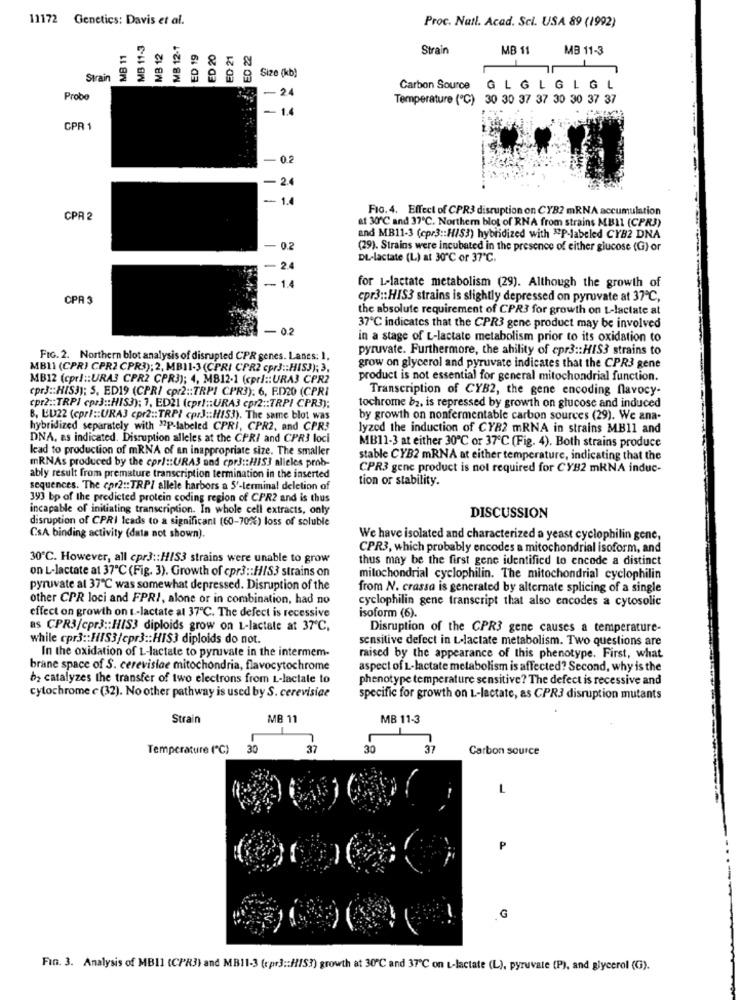
11172 Genetics: Davis et al.
Proc. Natl. Acad. Sci. USA 89 (1992)
MB 11-3
MB 12-1
MB 11
MB 12
ED 19
ED 20
ED 21
Strain
MB 11
MB 11-3
Strain
8
Size (kb)
-24
Carbon Source
GLGLGLGL
Probo
Temperature (℃) 30 30 37 37 30 30 37 37
- 1.4
CPR 1
0.2
-24
= 1.4
Fio. 4. Effect of CPR3 disruption on CY82 mRNA accumulation
CPR 2
at 30℃ and 37℃. Northern blot of RNA from strains MB11 (CPR3)
and MB11-3 (cpr3 :: H/53) hybridized with "P-labeled CYB2 DNA
-0.2
(29). Strains were incubated in the presence of either glucose (G) or
DL-lactate (L) at 30℃ or 37℃.
-2.4
-
1.4
for L-lactate metabolism (29). Although the growth of
CPR 3
cpr3 :: HIS3 strains is slightly depressed on pyruvate at 37℃,
the absolute requirement of CPR3 for growth on L-lactate at
-0.2
37℃ indicates that the CPR3 gene product may be involved
in a stage of L-lactate metabolism prior to its oxidation to
pyruvate. Furthermore, the ability of cpr3 :: HIS3 strains to
FIG. 2. Northern blot analysis of disrupted CPR genes. Lanes: 1.
MB11 (CPR) CPR2 CPR3); 2, MBI1-3 (CPRI CPR2 cpr3 :: HIS3); 3,
grow on glycerol and pyruvate indicates that the CPR3 gene
MB12 (cprl :: URA3 CPR2 CPR3); 4, MB12-1 (cprl :: URA3 CPR2
product is not essential for general mitochondrial function.
cpr3 :: HIS3); 5, ED19 (CPR/ cpr2 :: TRPI CPR3): 6, F.D20 (CPRI
Transcription of CYB2, the gene encoding flavocy-
cpr2 :: TRPI cpr3 :: HIS3): 7, ED21 (cpr) :: URA3 cpr2 :: TRPI CPR3);
tochrome b2, is repressed by growth on glucose and induced
B, LU22 (cpr/ :: URA3 cpr2 :: TRPI cprJ :: ///53). The same blot was
by growth on nonfermentable carbon sources (29). We ana-
hybridized separately with "P-labeled CPRI, CPR2, and CPR3
lyzed the induction of CYR2 mRNA in strains MB11 and
DNA, es indicated. Disruption alleles at the CPR/ and CPR3 loci
lead to production of mRNA of an inappropriate size. The smaller
MB11-3 at either 30℃ or 37℃ (Fig. 4). Both strains produce
mRNAs produced by the cprl :: URA3 and cpr3 :: HIS3 alleles prob-
stable CYB2 mRNA at either temperature, indicating that the
CPR3 gene product is not required for CYB2 mRNA induc-
ably result from premature transcription termination in the inserted
tion or stability.
sequences. The cpr2 :: TRPI allele harbors a 5'-terminal deletion of
393 bp of the predicted protein coding region of CPR2 and is thus
incapable of initiating transcription. In whole cell extracts, only
disruption of CPRI leads to a significant (60-70%) loss of soluble
DISCUSSION
CsA binding activity (data not shown).
We have isolated and characterized a yeast cyclophilin gene,
CPR3, which probably encodes a mitochondrial isoform, and
30℃. However, all cpr3 :: H/S3 strains were unable to grow
thus may be the first gene identified to encode a distinct
on L-lactate at 37℃ (Fig. 3). Growth of cpr3 :: HIS3 strains on
mitochondrial cyclophilin. The mitochondrial cyclophilin
pyruvate at 37℃ was somewhat depressed. Disruption of the
from N. crassa is generated by alternate splicing of a single
other CPR loci and FPRI, alone or in combination, had no
cyclophilin gene transcript that also encodes a cytosolic
effect on growth on t-lactate al 37℃. The defect is recessive
isoform (6).
as CPR3/cpr3 :: H//S3 diploids grow on L-lactate at 37℃,
Disruption of the CPR3 gene causes a temperature-
while cpr3 :: HIS3/cpr3 :: HIS3 diploids do not.
sensitive defect in L-lactate metabolism. Two questions are
In the oxidation of L-lactate to pyruvate in the intermem-
raised by the appearance of this phenotype. First, what
brane space of S. cerevisiae mitochondria, flavocytochrome
aspect of L-lactate metabolism is affected? Second, why is the
b2 catalyzes the transfer of two electrons from L-lactate to
phenotype temperature sensitive? The defect is recessive and
cytochrome c (32). No other pathway is used by S. cerevisice
specific for growth on L-lactate, as CPR3 disruption mutants
Strain
MB 11
MB 11-3
Temperature (*℃)
30
37
30
37
Carbon source
L
.G
Fin. 3. Analysis of MBIl (CPR3) and MB11-3 (cpr3 :: //S?) growth at 30℃ and 37℃ on t-lactate (L), pyruvate (P), and glycerol (G).